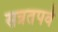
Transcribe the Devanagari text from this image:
सन्नतपर्व